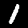
Digit: 1